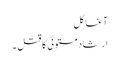
آغا گل
ارشاد مستوئی کا قتل ۔